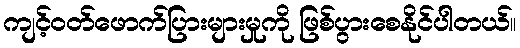
ကျင့်ဝတ်ဖောက်ပြားများမှုကို ဖြစ်ပွားစေနိုင်ပါတယ်။